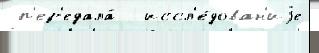
 п'ер'едала́  иссл'е́дован'иjе